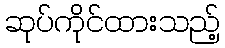
ဆုပ်ကိုင်ထားသည့်